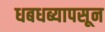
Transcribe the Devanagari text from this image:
धबधब्यापसून